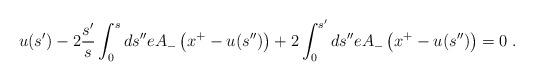
LaTeX: \begin{align*}u(s') - 2 \frac{s'}{s} \int_0^s ds'' e A_-\left(x^+ - u(s'')\right) + 2 \int_0^{s'} ds'' e A_-\left(x^+ - u(s'') \right) = 0 \; . \end{align*}